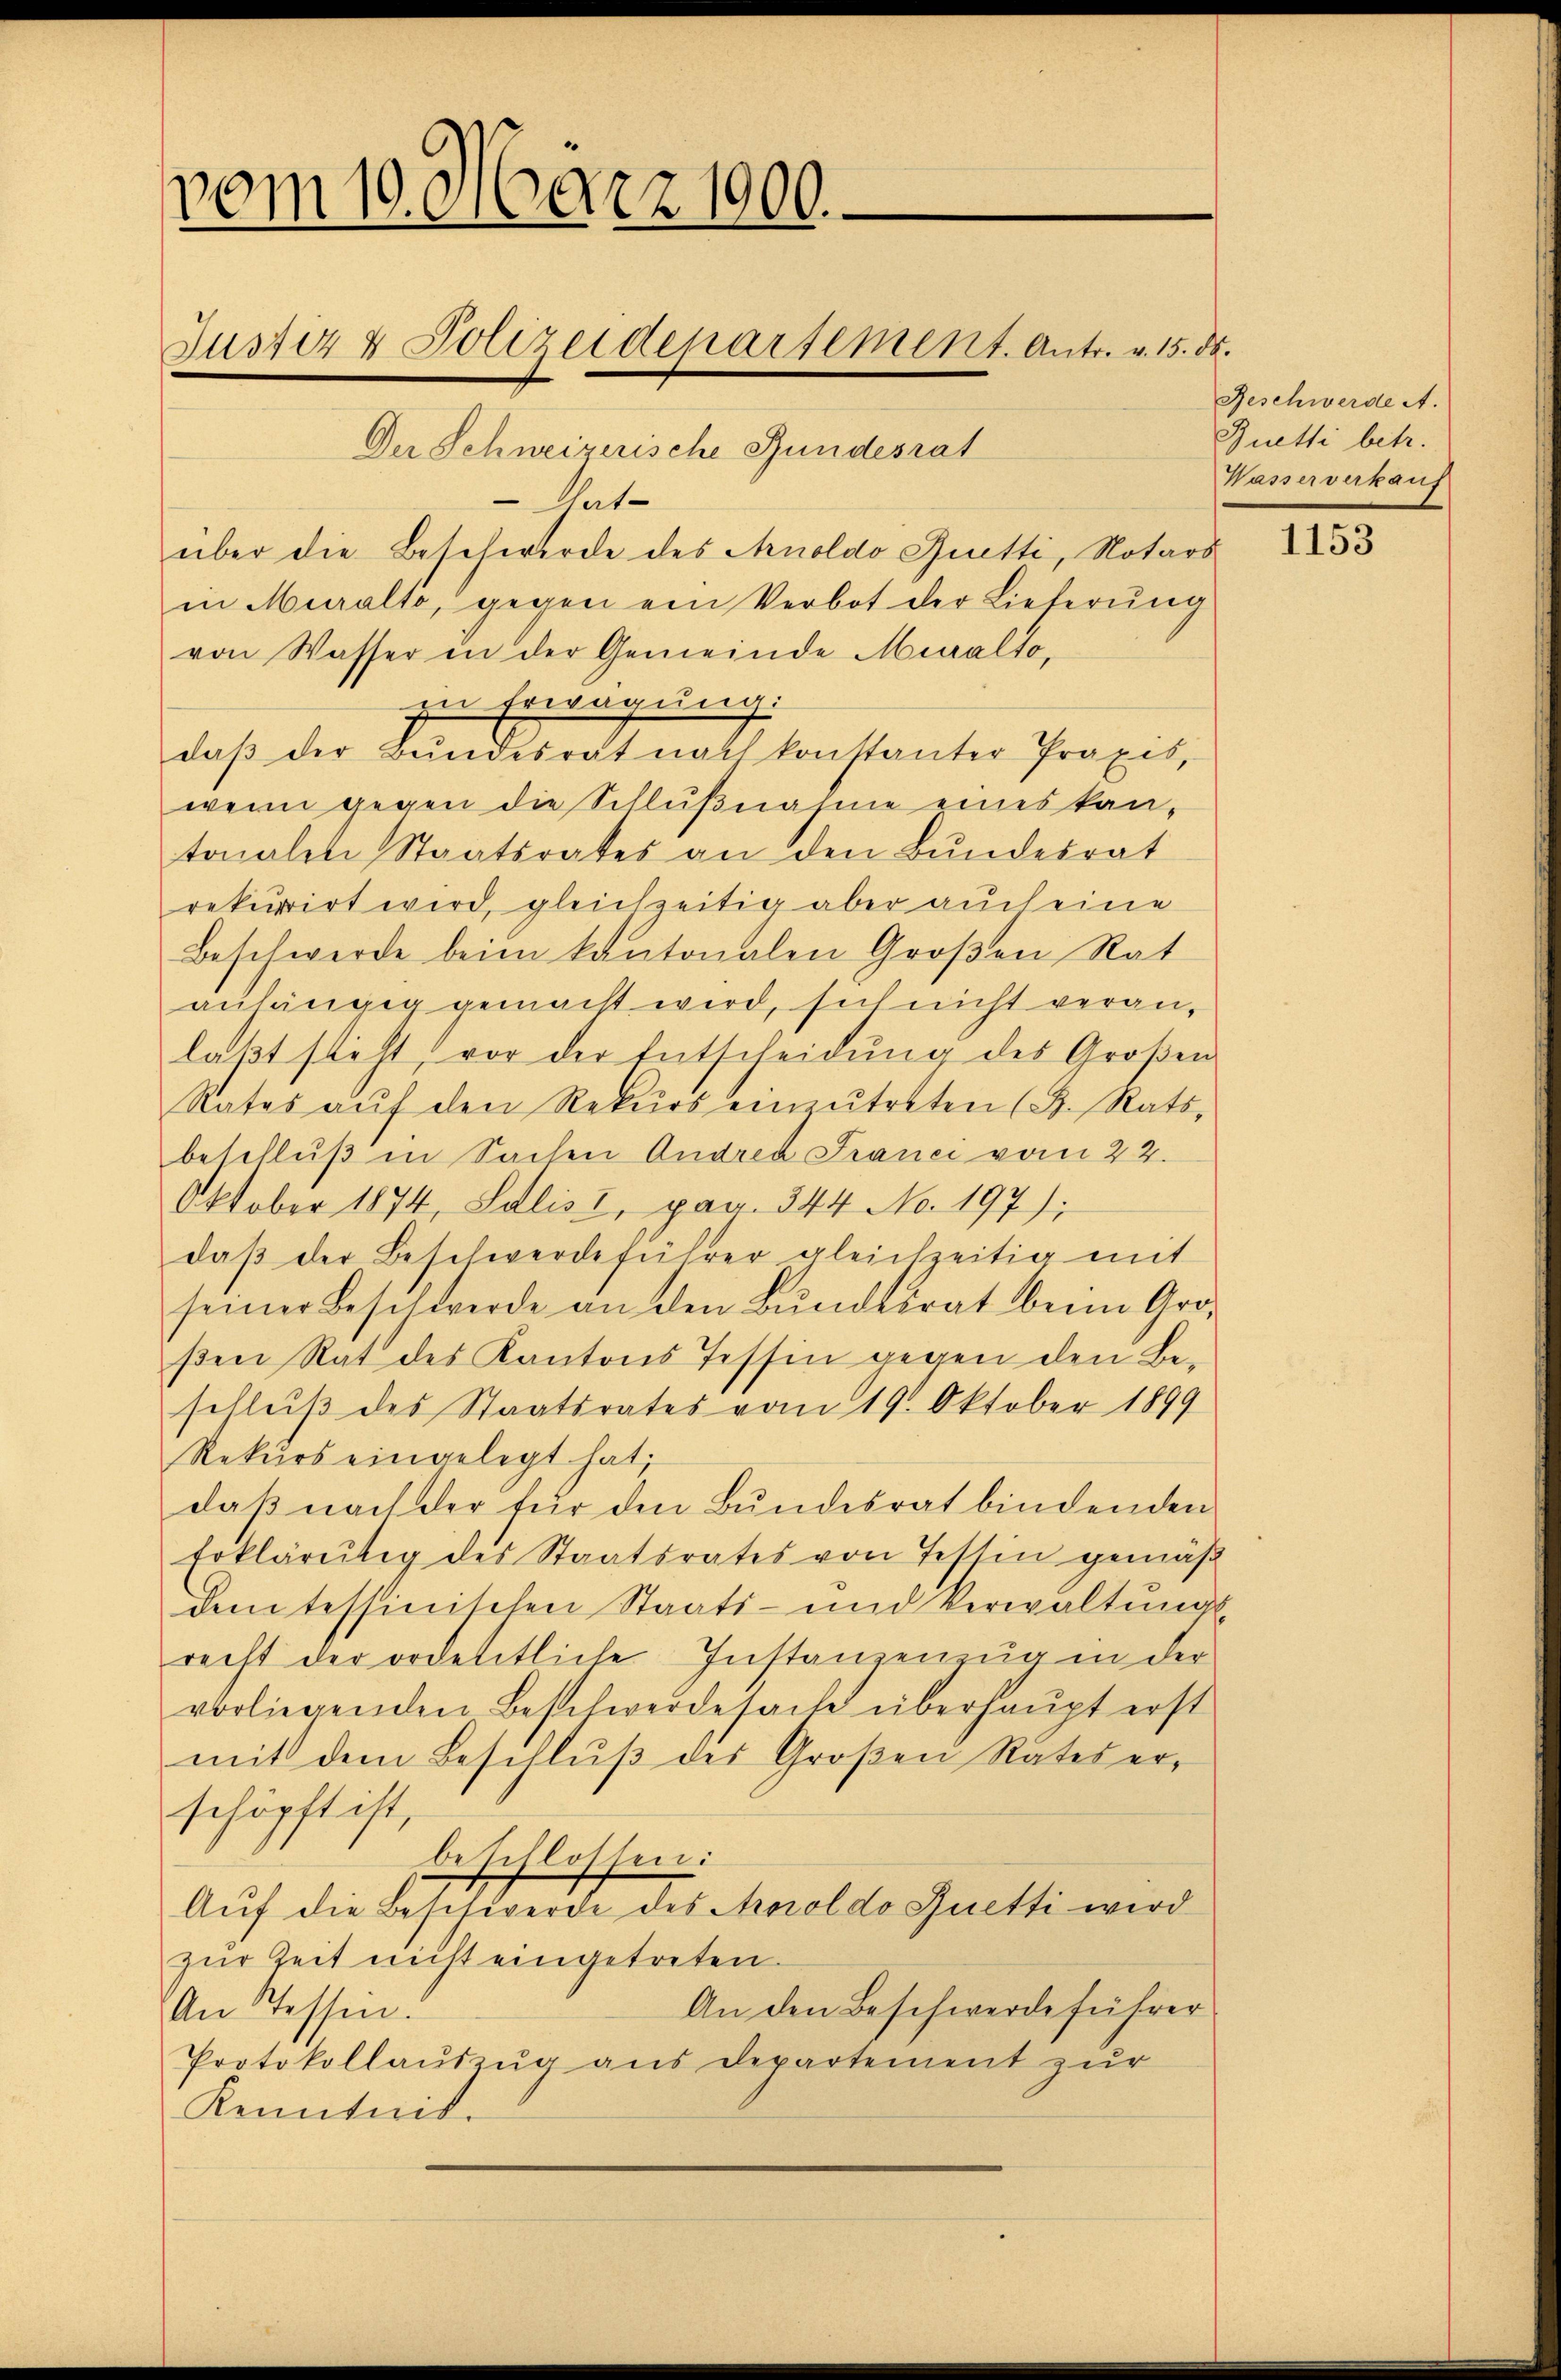
vom 10. März 1900.

Justiz & Polizeidepartement. Antr. v. 15. ds.

Der Schweizerische Fundesrat
Aat-
über die Beschwerde des Arnoldo Quetti, Notars
in Muralte, gegen ein Verbot der Lieferŭng
von Wasser in der Gemeinde Muralto,
zu Erwägung:
daβ der Bundesrat nach konstanter Praxis,
wenn gegen die Schlußnahme eines kantonalen Staatsrates an den Bundesrat
rekurrirt wird, gleichzeitig aber auch eine
Beschwerde beim kantonalen Großen Rat
anhängig gemacht wird, sich nicht veranlaβt steht, vor der Entscheidung des Großen
Rates aŭf den Rekŭrs einzŭtreten (B. Rats,
beschluß in Sachen Andrea France vom 22.
Oktober 1874, Salisi, pag. 344 No. 197);
daβ der Beschwerdeführer gleichzeitig mit
seiner Beschwerde an den Bundesrat beim Groß
ßen Rat des Kantons Tessin gegen den Beschlŭβ des Staatsrates vom 19. Oktober 1899
Rekurs eingelegt hat;
daß nach der für den Bundesrat bindenden
Erklärung des Staatsrates von Testen gemäß
dem tessinischen Staats- und Verwaltŭngs-
recht der ordentliche Instanzenzug in der
vorliegenden Beschwerdesache überhaupt erst
mit dem Beschlŭβ des Großen Rates erschöpft ist,
beschlossen:
Aŭf die Beschwerde des Aeroldo Guetti wird
zŭr Zeit nicht eingetreten.
An den Beschwerde führer
An Tessen:
Protokollauszug aus departement zur
Kenntnis.

Geschwerde A.
Buetti betr.
Wasserverkauf

1153